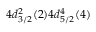
4 d _ { 3 / 2 } ^ { 2 } ( 2 ) 4 d _ { 5 / 2 } ^ { 4 } ( 4 )